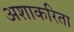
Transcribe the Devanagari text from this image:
अशाकरिता